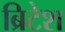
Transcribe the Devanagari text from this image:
ब्रिटेश